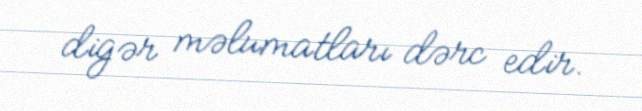
digər məlumatları dərc edir.